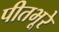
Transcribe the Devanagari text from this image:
पीतभूरे